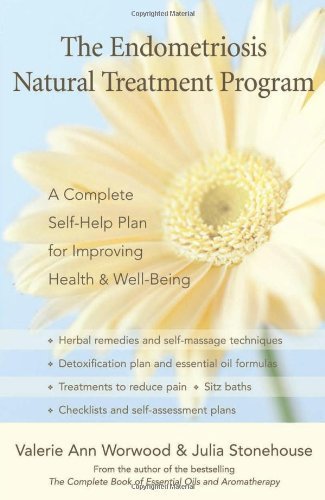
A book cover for Endometriosis Natural Treatment Program by Worwood, Valerie Ann, Stonehouse, Julia. (New World Library,2007) [Paperback]; Health, Fitness & Dieting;